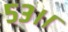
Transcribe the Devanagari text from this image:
५३।।